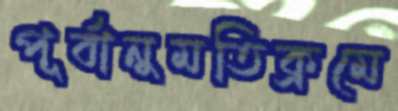
পূর্বানুমতিক্রমে